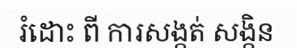
រំដោះ ពី ការសង្កត់ សង្កិន